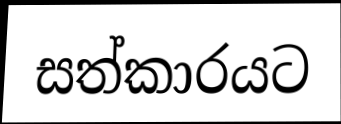
සත්කාරයට